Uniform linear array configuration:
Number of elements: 32
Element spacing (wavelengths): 0.25
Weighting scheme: cosine
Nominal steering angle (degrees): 15
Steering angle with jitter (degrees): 16.823
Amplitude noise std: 0.05
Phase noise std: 0.05

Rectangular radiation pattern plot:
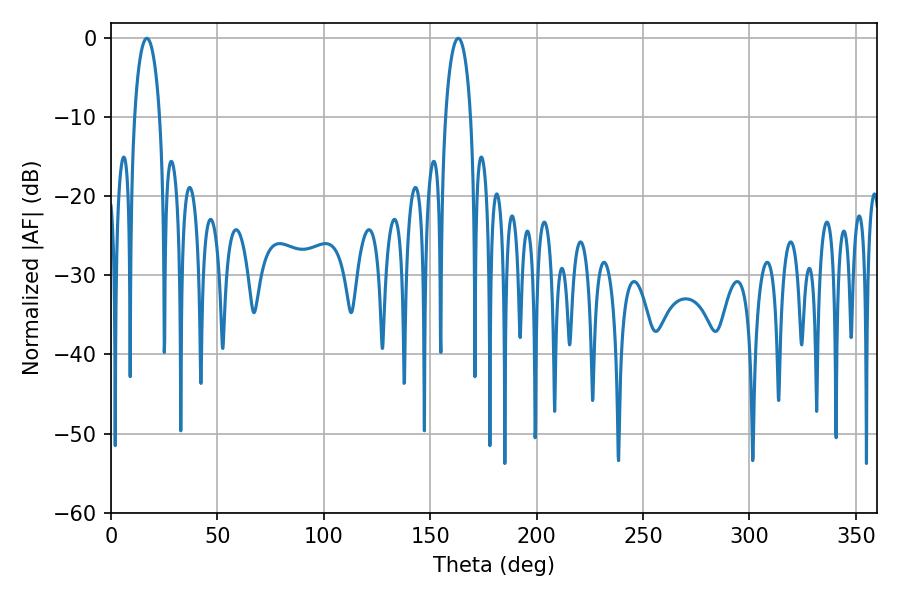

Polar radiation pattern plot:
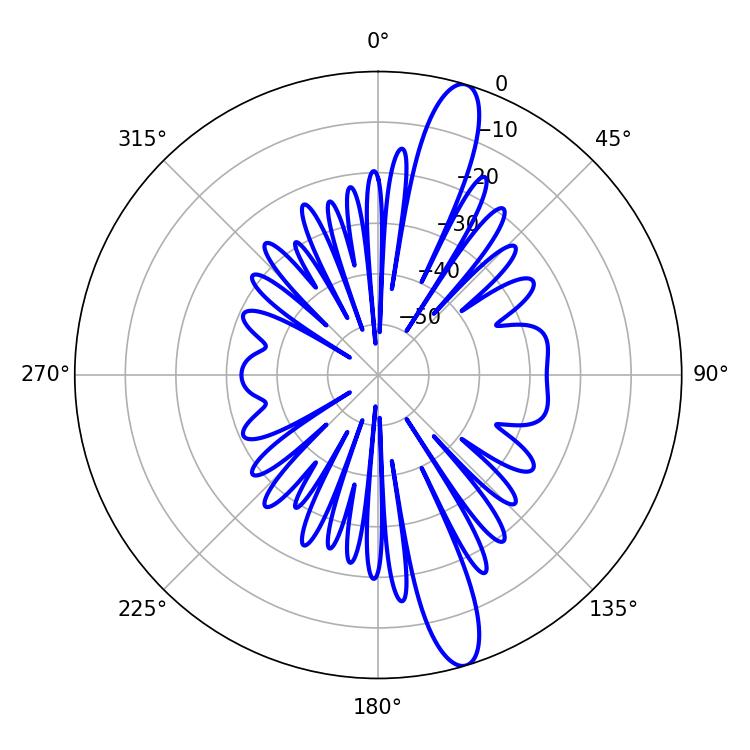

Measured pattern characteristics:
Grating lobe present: FALSE
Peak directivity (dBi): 14.143
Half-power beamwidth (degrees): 6.84
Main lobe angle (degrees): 16.92